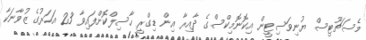
މެސަޗޫޓިސް ޔުނިވަސިޓީން އިކޮނޮމިކްސްގެ ދާއިރާ އިން ޑިގްރީ ހާސިލްކޮށްފައިވާ 23 އަހަރުގެ ޒުވާނަކާ